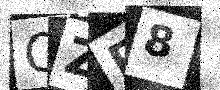
Text: QZP8